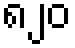
၈၂၀